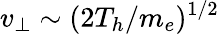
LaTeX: v_{\perp}\sim(2T_{h}/m_{e})^{1/2}